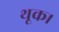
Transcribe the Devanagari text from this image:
थूक।